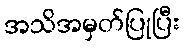
အသိအမှတ်ပြုပြီး